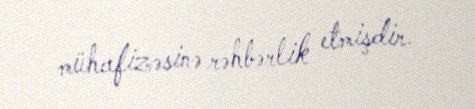
mühafizəsinə rəhbərlik etmişdir.